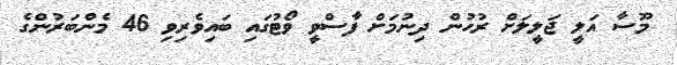
މޫސާ އަލީ ޖަލީލަށް ރުހުން ދިނުމަށް ފާސްވީ ވޯޓުގައި ބައިވެރިވި 46 މެންބަރުންގެ